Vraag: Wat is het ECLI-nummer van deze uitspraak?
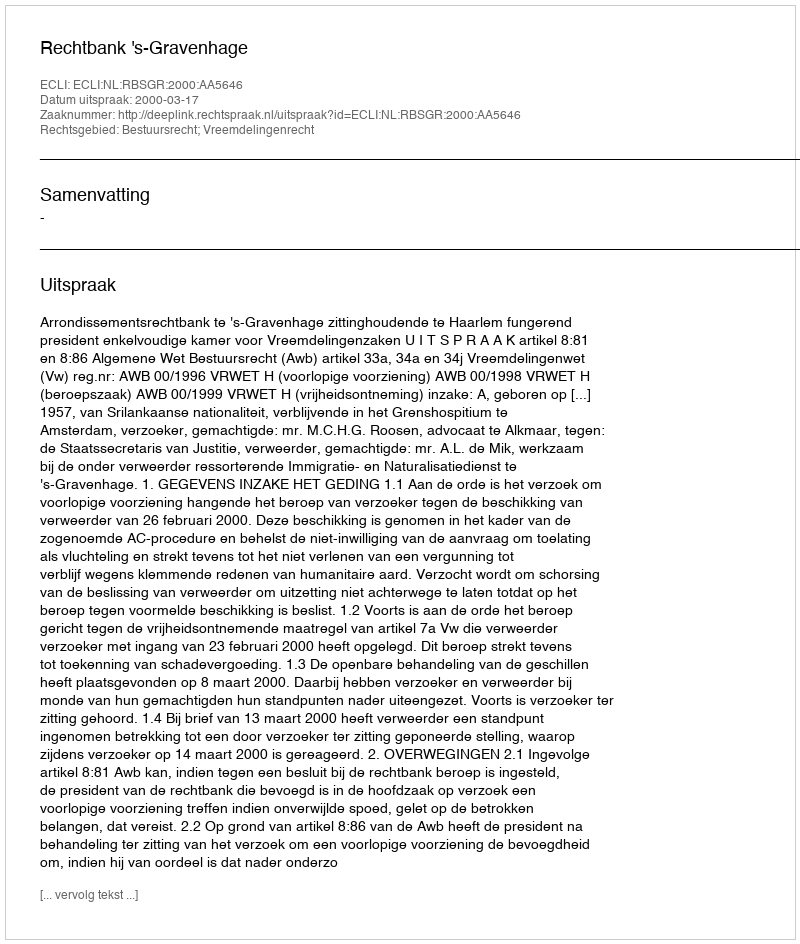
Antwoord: ECLI:NL:RBSGR:2000:AA5646